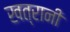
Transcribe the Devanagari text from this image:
खत्रानी